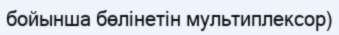
бойынша бөлінетін мультиплексор)